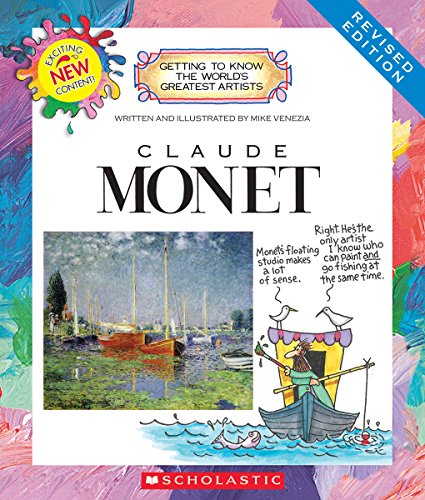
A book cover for Claude Monet (Revised Edition) (Getting to Know the World's Greatest Artists); Mike Venezia; Children's Books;